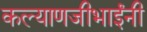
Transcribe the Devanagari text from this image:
कल्याणजीभाईंनी